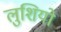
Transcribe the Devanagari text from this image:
लुशियो